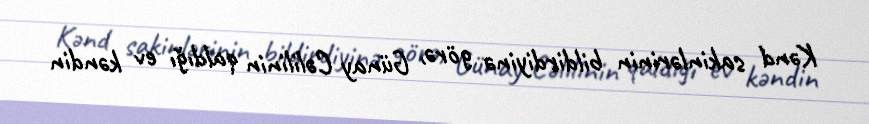
Kənd sakinlərinin bildirdiyinə görə, Günay Cəlilinin qaldığı ev kəndin